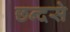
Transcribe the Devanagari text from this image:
छन्दसे